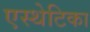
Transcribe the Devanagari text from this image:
एस्थेटिका